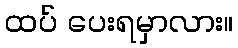
ထပ် ပေးရမှာလား။